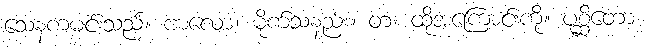
သေနကမင်းသည်။ ဗာလော၊ မိုက်သနည်း။ တံ၊ ထိုအကြောင်းကို။ ပုစ္ဆိတော၊